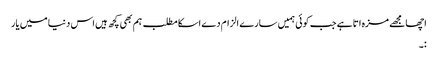
اچھا مجھے مزہ اتا ہے جب کوئی ہمیں سارے الزام دے اسکا مطلب ہم بھی کچھ ہیں اس دنیا میں یار
:۔